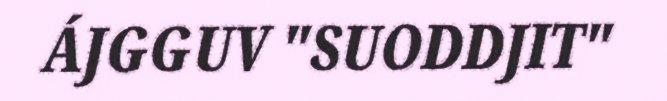
ÁJGGUV "SUODDJIT"